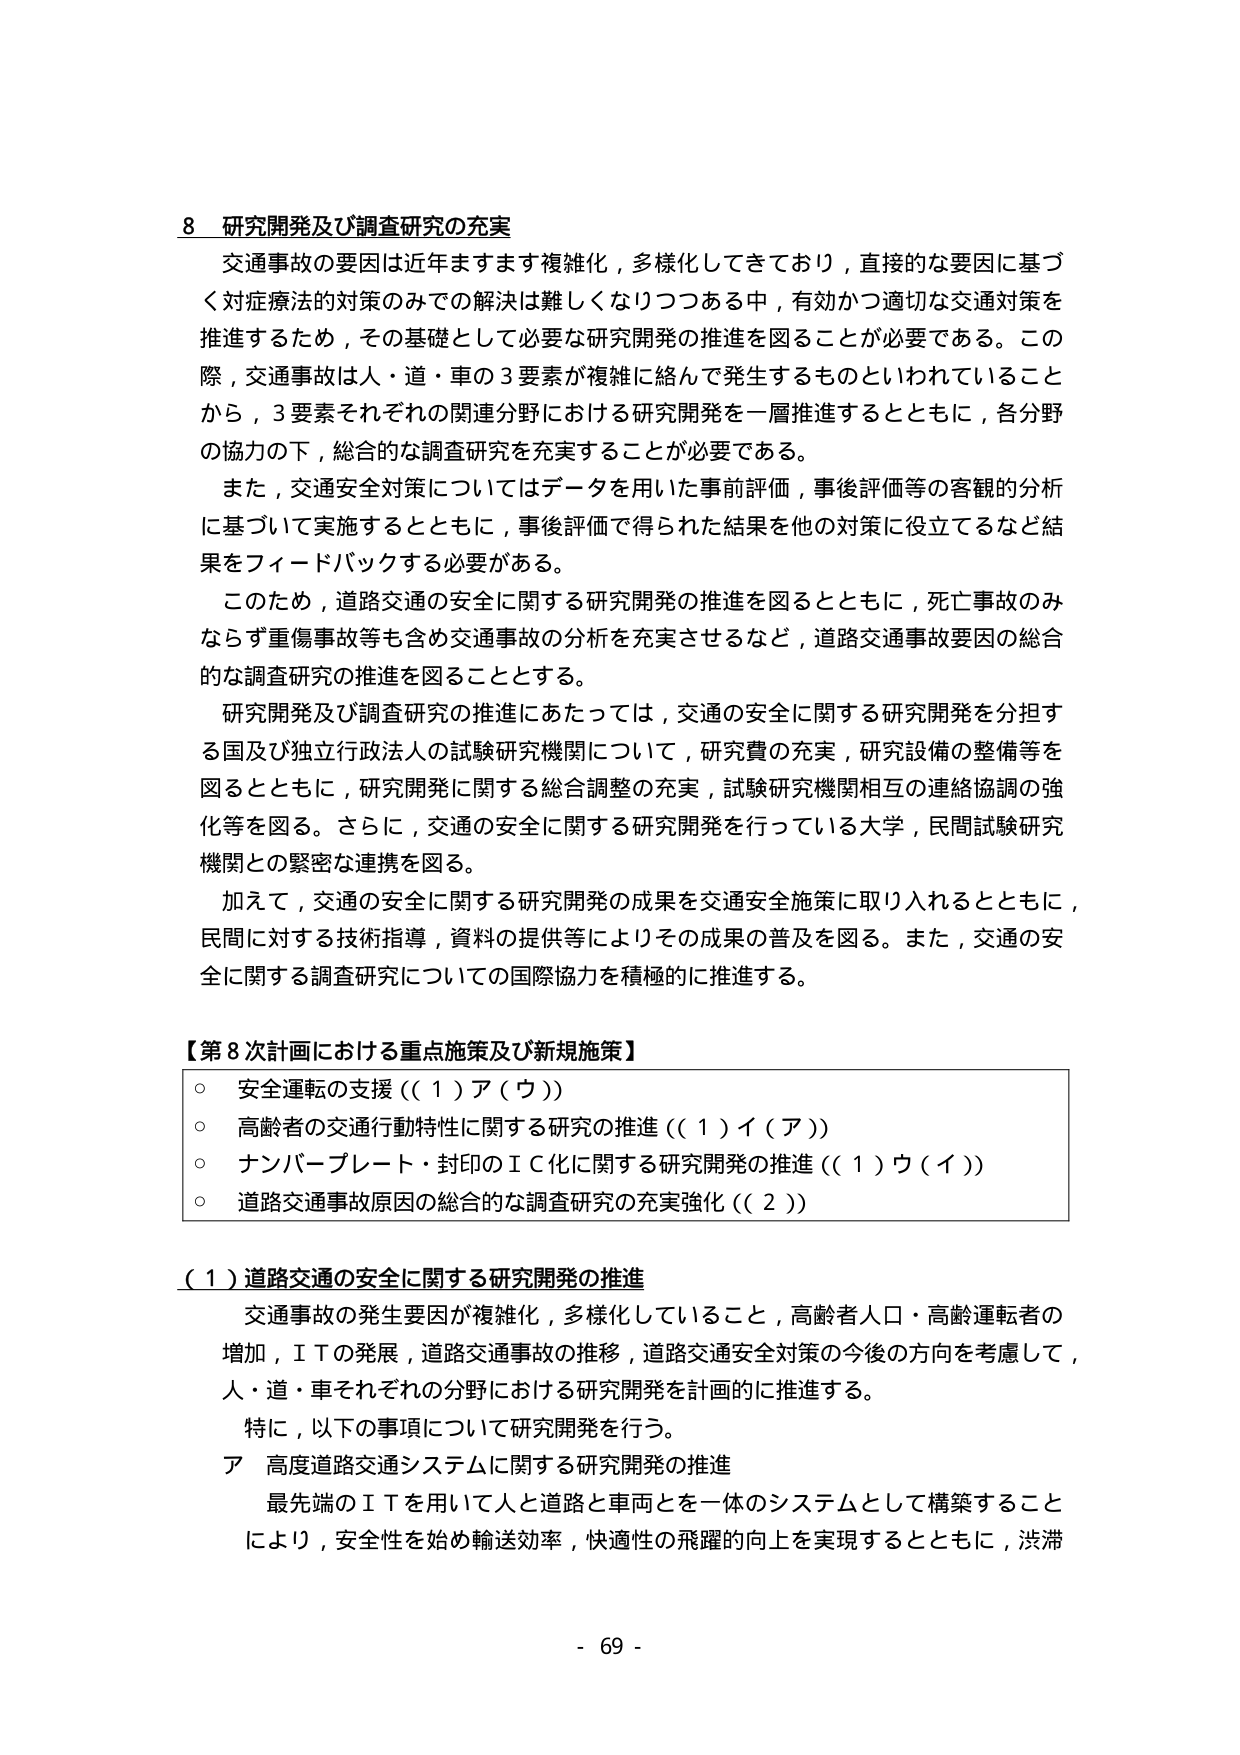
8 研究開発及び調査研究の充実
交通事故の要因は近年ますます複雑化，多様化してきており，直接的な要因に基づく対症療法の対策のみでの解決は難しくなりつつある中，有効かつ適切な交通対策を推進するため，その基礎として必要な研究開発の推進を図ることが必要である。この際，交通事故は人・道・車の3要素が複雑に絡んで発生するものといわれていることから，3要素それぞれの関連分野における研究開発を一層推進するとともに，各分野の協力の下，総合的な調査研究を充実することが必要である。
また，交通安全対策についてはデータを用いた事前評価，事後評価等の客観的分析に基づいて実施するとともに，事後評価で得られた結果を他の対策に役立てるなど結果をフィードバックする必要がある。
このため，道路交通の安全に関する研究開発の推進を図るとともに，死亡事故のみならず重傷事故等も含め交通事故の分析を充実させるなど，道路交通事故要因の総合的な調査研究の推進を図ることとする。
研究開発及び調査研究の推進にあたっては，交通の安全に関する研究開発を分担する国及び独立行政法人の試験研究機関について，研究費の充実，研究設備の整備等を図るとともに，研究開発に関する総合調整の充実，試験研究機関相互の連絡協調の強化等を図る。さらに，交通の安全に関する研究開発を行っている大学，民間試験研究機関との緊密な連携を図る。
加えて，交通の安全に関する研究開発の成果を交通安全施策に取り入れるとともに，民間に対する技術指導，資料の提供等によりその成果の普及を図る。また，交通の安全に関する調査研究についての国際協力を積極的に推進する。

【第8次計画における重点施策及び新規施策】
○ 安全運転の支援（（1）ア（ウ））
○ 高齢者の交通行動特性に関する研究の推進（（1）イ（ア））
○ ナンバープレート・封印のＩＣ化に関する研究開発の推進（（1）ウ（イ））
○ 道路交通事故原因の総合的な調査研究の充実強化（（2））

（1）道路交通の安全に関する研究開発の推進
交通事故の発生要因が複雑化，多様化していること，高齢者人口・高齢運転者の増加，ＩＴの発展，道路交通事故の推移，道路交通安全対策の今後の方向を考慮して，人・道・車それぞれの分野における研究開発を計画的に推進する。
特に，以下の事項について研究開発を行う。
ア 高度道路交通システムに関する研究開発の推進
最先端のＩＴを用いて人と道路と車両とを一体のシステムとして構築することにより，安全性を始め輸送効率，快適性の飛躍的向上を実現するとともに，渋滞

- 69 -